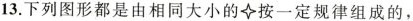
13.下列图形都是由相同大小的按一定规律组成的，